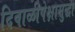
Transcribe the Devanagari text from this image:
दिवाळीपेक्षासुद्धा